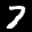
Label: 7